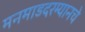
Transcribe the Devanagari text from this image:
मनमाडदरम्यानचे